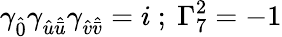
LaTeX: \gamma_{\hat{0}}\gamma_{{\hat{u}}{\hat{\bar{u}}}}\gamma_{{\hat{v}}{\hat{\bar{v}}}}=i~;~\Gamma_{7}^{2}=-1